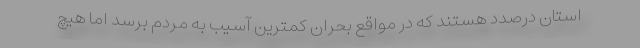
استان درصدد هستند که در مواقع بحران کمترین آسیب به مردم برسد اما هیچ